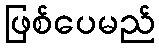
ဖြစ်ပေမည်